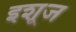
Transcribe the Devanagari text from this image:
इशूज